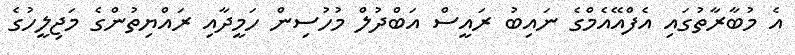
އެ މުބާރާތުގައި އެފްއޭއެމްގެ ނައިބު ރައީސް އަބްދުލް މުހުސިން ހަމީދާއި ރައްޔިތުންގެ މަޖިލީހުގެ